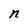
Character: n